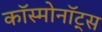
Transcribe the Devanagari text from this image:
काॅस्मोनाॅट्स